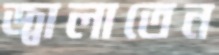
জ্বালাতেন